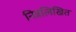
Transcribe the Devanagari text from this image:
निन्नलिखित